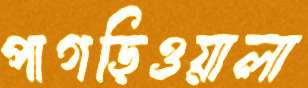
পাগড়িওয়ালা